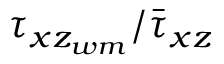
\tau _ { x z _ { w m } } / \bar { \tau } _ { x z }